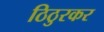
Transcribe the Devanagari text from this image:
ठिठुरकर